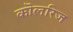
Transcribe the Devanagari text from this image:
कॊलरिज